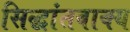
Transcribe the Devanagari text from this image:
सिद्धांतवाक्य